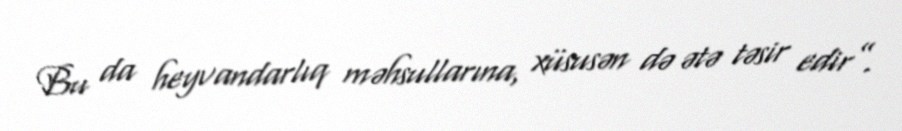
Bu da heyvandarlıq məhsullarına, xüsusən də ətə təsir edir”.